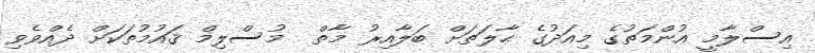
އިސްލާމީ އުންމަތުގެ މިއަދުގެ ޙާލަތަށް ބަލާއިރު މާތް  މުސްލިމް ޤައުމުތަކަށް ދެއްވެވި